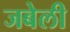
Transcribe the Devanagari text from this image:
जबेली